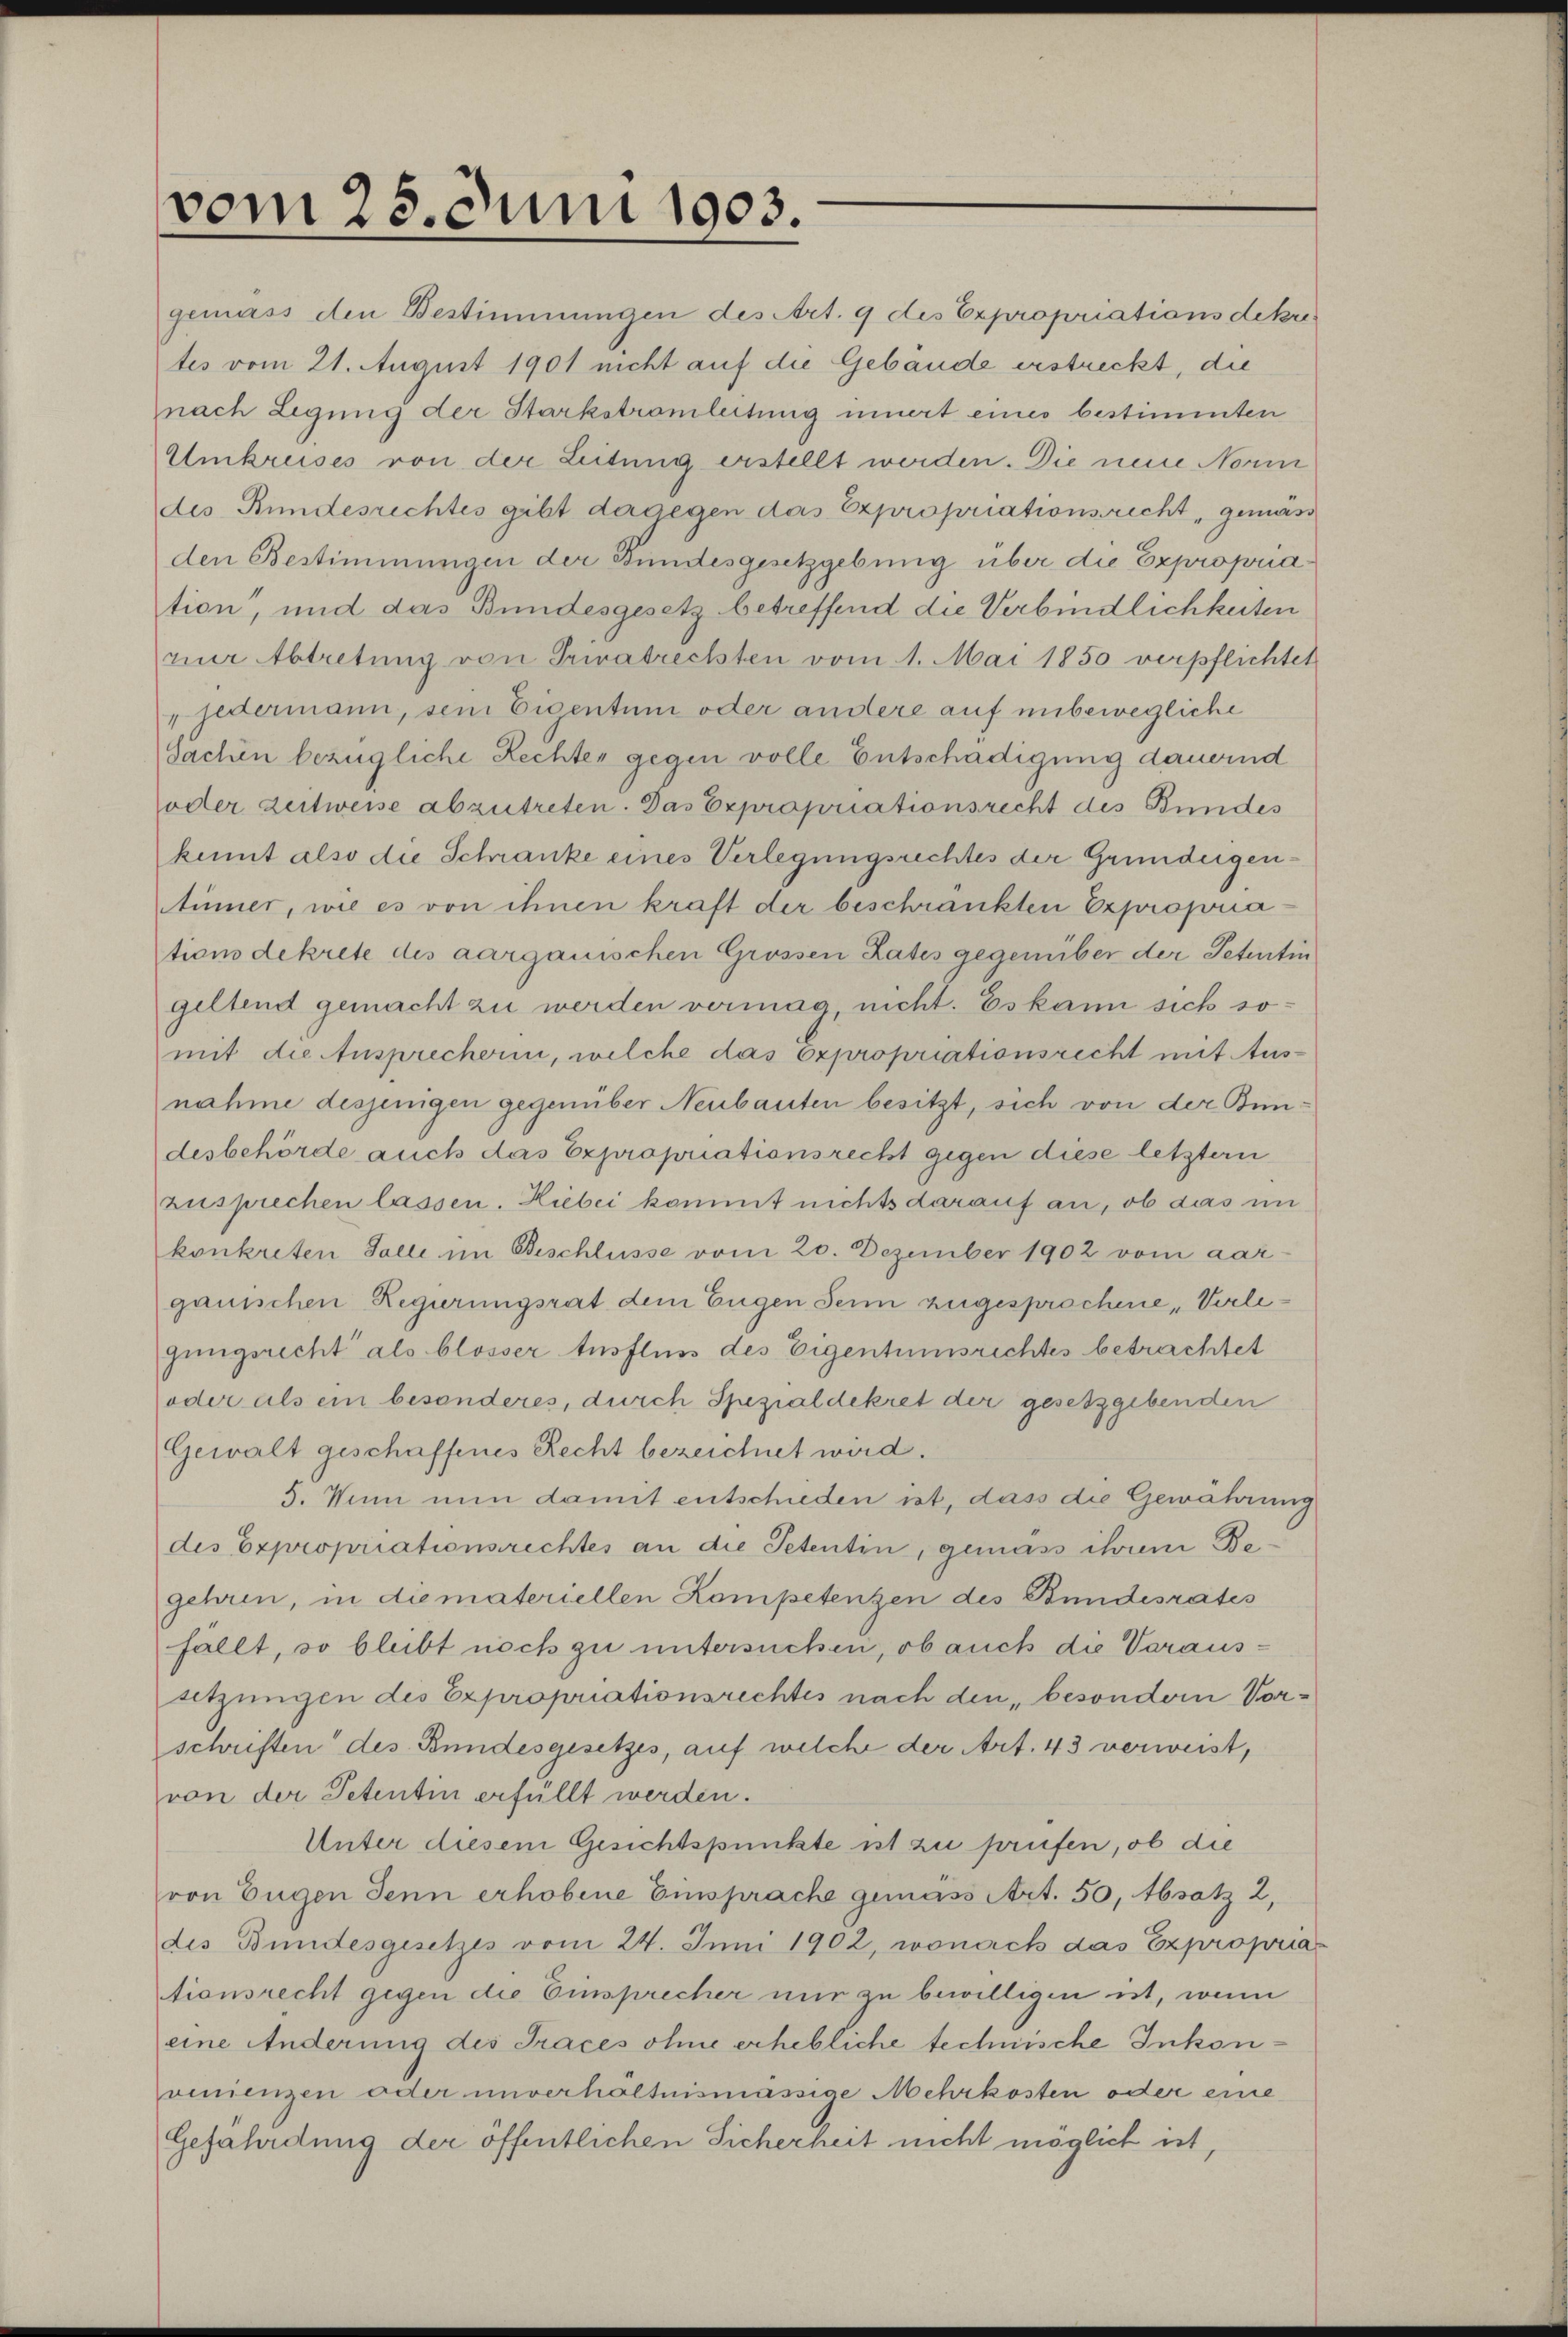
vom 25. Juni 1903.

gemäss den Bestimmungen des Art. 9 des Expropriationsdekre
tes vom 21. August 1901 nicht auf die Gebäude erstreckt, die
nach Legung der Starkstromleitung innert eines bestimmten
Umkruses von der Leitung erstellt werden. Die neue Norm
des Bundesrechtes gibt dagegen das Expropriationsrecht gemäs
den Bestimmungen der Bundesgesetzgebung über die Expropria
tion“, und das Bundesgesetz betreffend die Verbindlichkeiten
nur Abtretung von Privatrechten vom 1. Mai 1850 verpflichte
„jedermann, sein Eigentum oder andere auf unbewegliche
Sachen bezügliche Rechten gegen volle Entschädigung dauernd
oder Zeitweise abzutreten. Das Expropriationsrecht des Bundes
kennt also die Schranke eines Verlegungsrechtes der Grundeigentünner, wie es von ihnen kraft der beschränkten Expropriationsdekrete des aargauischen Grossen Rates gegenüber der Petentin
geltend gemacht zu werden vermag, nicht. Es kann sich somit die Ansprecherin, welche das Expropriationsrecht mit Ausnahme desjenigen gegenüber Neubauten besitzt, sich von der Bundesbehörde auch das Expropriationsrecht gegen diese letztern
zusprechen lassen. Hiebei kommt nichts darauf an, ob das im
konkreten Falle im Beschlüsse vom 20. Dezember 1902 vom aarganischen Regierungsrat dem Eugen Sein zugesprochene „Verlegungsrecht als blosser Ausfluss des Eigentumsrechtes betrachtet
oder als ein besonderes, durch Spezialdekret der gesetzgebenden
Gewalt geschaffenes Recht bezeichnet wird.
5. Von nun damit entschieden ist, dass die Gewährung
des Expropriationsrechtes an die Petentin, gemäss ihren Begehren, in die materiellen Kompetenzen des Bundesrates
fällt, so bleibt noch zu untersuchen, ob auch die Varaussetzungen des Expropriationsrechtes nach den „besondern Vorschriften des Bundesgesetzes, auf welche der Art. 43 verweist,
von der Petentin erfüllt werden.
Unter diesem Gesichtspunkte ist zu prüfen, ob die
von Eugen Jenn erhobene Einsprache gemäss Art. 50, Absatz 2,
des Bundesgesetzes vom 24. Juni 1902, wonach das Expropriationsrecht gegen die Einsprecher nur zu bewilligen ist, wenn
eine Anderung des Traces ohne erhebliche technische Inkonvinienzen oder unverhältnismässige Mehrkosten oder eine
Gefährdung der öffentlichen Sicherheit nicht möglich ist,